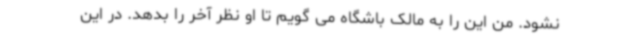
نشود. من این را به مالک باشگاه می گویم تا او نظر آخر را بدهد. در این